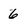
Character: 6